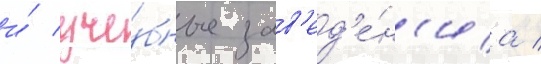
и́ уче́бные зав'ед'е́н'иа /